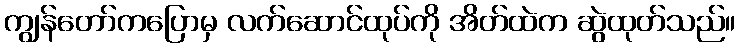
ကျွန်တော်ကပြောမှ လက်ဆောင်ထုပ်ကို အိတ်ထဲက ဆွဲထုတ်သည်။